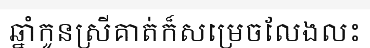
ឆ្នាំកូនស្រីគាត់ក៏សម្រេចលែងលះ